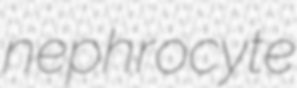
nephrocyte